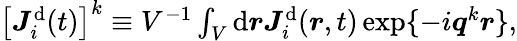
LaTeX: \begin{array}{r}{\left[\boldsymbol{J}_{i}^{\mathrm{d}}(t)\right]^{k}\equiv V^{-1}\int_{V}\mathrm{d}\boldsymbol{r}{{\boldsymbol{J}}}_{i}^{\mathrm{d}}({\boldsymbol{r}},t)\, \mathrm{exp}\{ -i\boldsymbol{q}^{k}\boldsymbol{r}\} ,}\end{array}